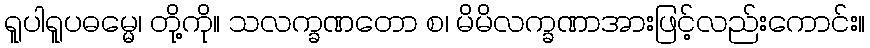
ရူပါရူပဓမ္မေ၊ တို့ကို။ သလက္ခဏတော စ၊ မိမိလက္ခဏာအားဖြင့်လည်းကောင်း။